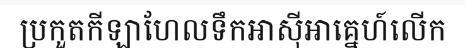
ប្រកួតកីឡាហែលទឹកអាស៊ីអាគ្នេហ៍លើក